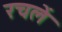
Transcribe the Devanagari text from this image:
रचलें